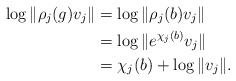
\begin{align*} \log \|\rho_j(g)v_j\|&=\log \|\rho_j(b)v_j\|\\ &=\log\|e^{\chi_j(b)}v_j\|\\ &=\chi_j(b)+\log\|v_j\|. \end{align*}